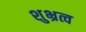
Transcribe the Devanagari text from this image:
शुभ्रत्व